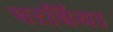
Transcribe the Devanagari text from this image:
परबिया